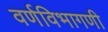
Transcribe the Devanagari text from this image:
वर्णविभागणी